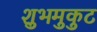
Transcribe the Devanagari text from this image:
शुभमुकुट